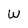
Character: W